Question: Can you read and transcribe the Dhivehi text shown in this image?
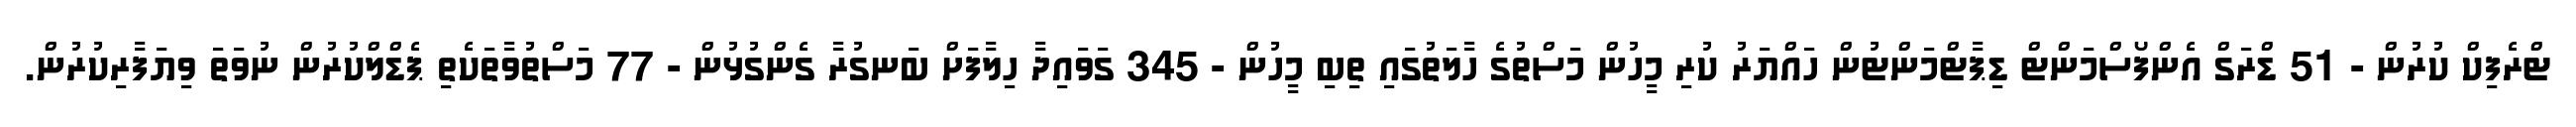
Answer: ޓްރެފިކް ކުރުން - 51 ޑްރަގް އެންފޯސްމަންޓް ޑިޕާޓްމަންޓުން ހައްޔަރު ކުރި މީހުން މަސްތުގެ ހާލަތުގައި ތިބި މީހުން - 345 ގަވައިދާ ހިލާފަށް ބަނގުރާ ގެންގުޅުން - 77 މަސްތުވާތަކެތި ޕެޑްލްކުރުން ނުވަތަ ވިޔަފާރިކުރުން.